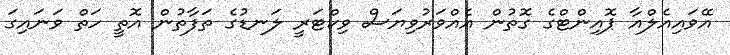
އޭވައިއެލްއާ ޕޮއިންޓްގެ ގޮތުން އެއްވަރުވިޔަސް ވިކްޓަރީ ލަނޑުގެ ތަފާތުން އޮތީ ހަތް ވަނައިގަ